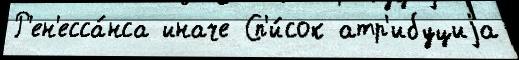
Р'ен'есса́нса иначе Сп'и́сок атр'ибуциjа